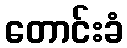
တောင်းခံ